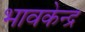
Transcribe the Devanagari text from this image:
भावकेन्द्र